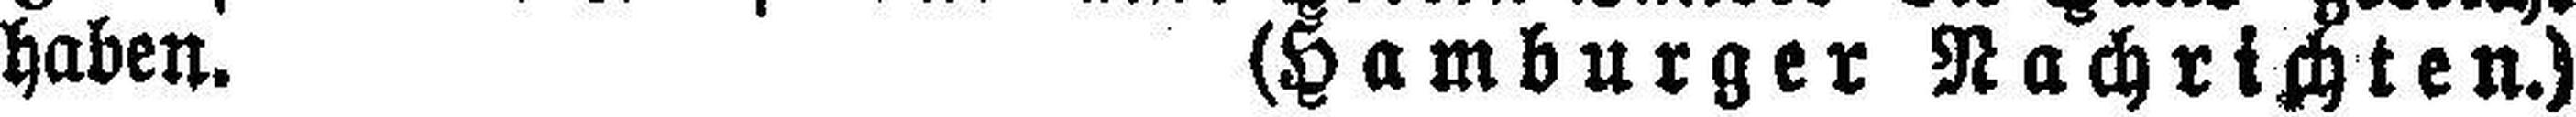
haben. (Hamburger Nachrichten.)